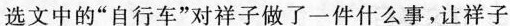
选文中的”自行车”对祥子做了一件什么事，让祥子